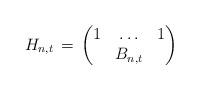
LaTeX: \begin{align*}H_{n,t} \,=\, \begin{pmatrix} 1 & \ldots & 1 \\& B_{n,t} &\end{pmatrix}\end{align*}